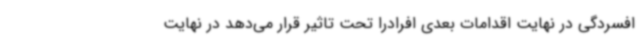
افسردگی در نهایت اقدامات بعدی افرادرا تحت تاثیر قرار می‌دهد در نهایت